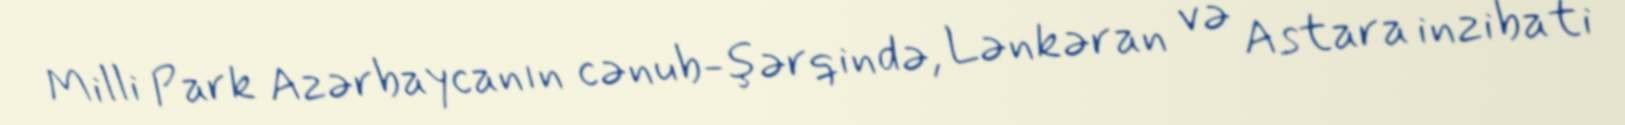
Milli Park Azərbaycanın cənub-şərqində, Lənkəran və Astara inzibati